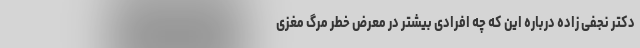
دکتر نجفی زاده درباره این که چه افرادی بیشتر در معرض خطر مرگ مغزی